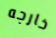
خارجه